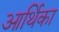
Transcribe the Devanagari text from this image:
आर्थिका